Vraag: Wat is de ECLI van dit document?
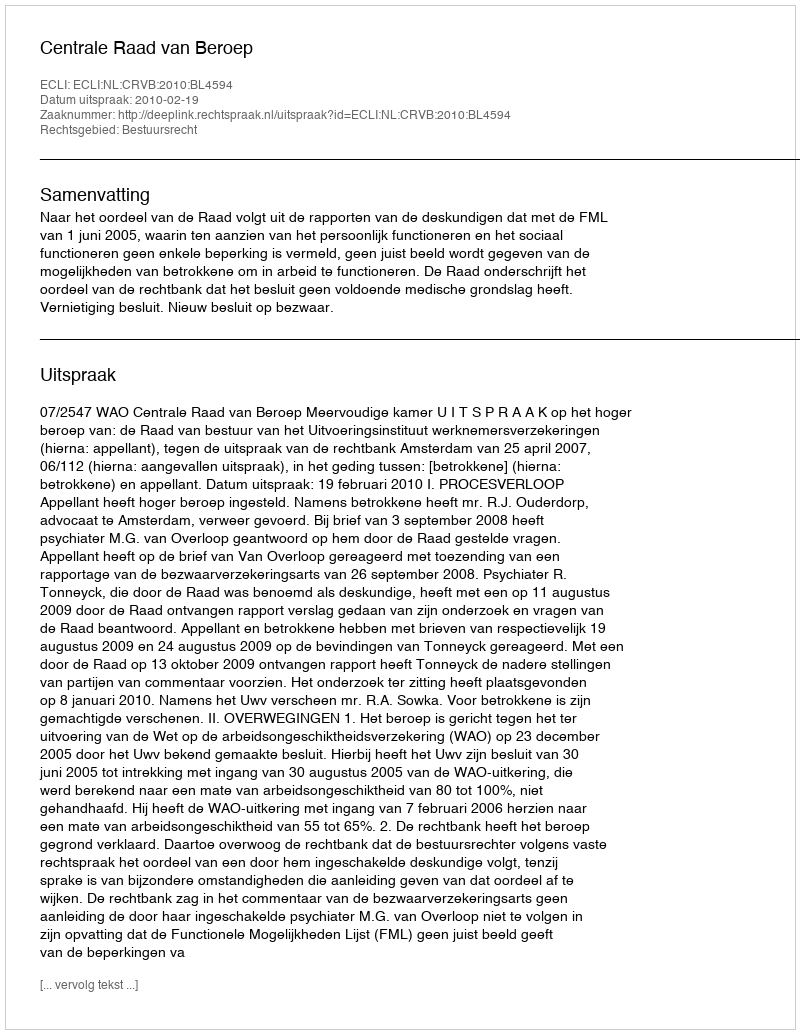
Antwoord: ECLI:NL:CRVB:2010:BL4594